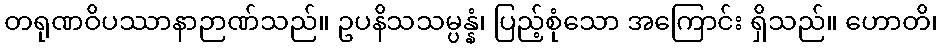
တရုဏဝိပဿာနာဉာဏ်သည်။ ဥပနိသသမ္ပန္နံ၊ ပြည့်စုံသော အကြောင်း ရှိသည်။ ဟောတိ၊